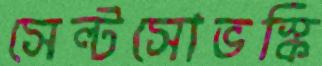
সেল্টসোভস্কি